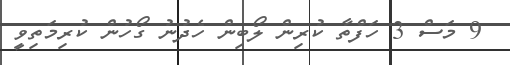
9 މަސް 3 ހަފްތާ ކުރިން ލޯބިން ހެދުނު ގޯހުން ކުރިމަތިވީ